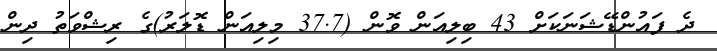
ދެ ފައުންޑޭޝަނަކަށް 43 ބިލިއަން ވޮން (37.7 މިލިއަން ޑޮލަރު)ގެ ރިޝްވަތު ދިން